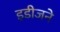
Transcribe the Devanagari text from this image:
इडीजने